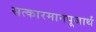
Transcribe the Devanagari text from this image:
सत्कारमानपूजार्थं